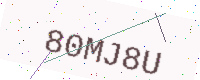
Text: 80MJ8U